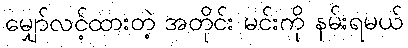
မျှော်လင့်ထားတဲ့ အတိုင်း မင်းကို နမ်းရမယ်